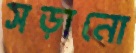
সড়ানো